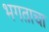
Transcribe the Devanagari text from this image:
भगताचा